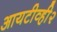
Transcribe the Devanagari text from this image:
आयटीव्ही२